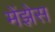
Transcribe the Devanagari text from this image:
मेंझेस